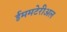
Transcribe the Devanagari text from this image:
ईममटेरीअल